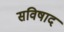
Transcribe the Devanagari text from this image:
सविषाद